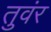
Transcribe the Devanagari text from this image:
तुवंर